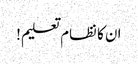
ان کا نظام تعلیم!